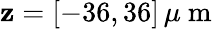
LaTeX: \mathbf{z}=[-36,36]\, \mu\mathrm{{~m~}}